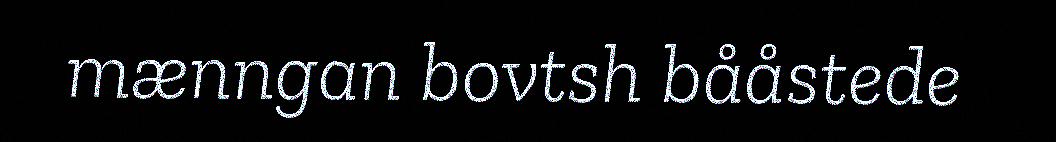
mænngan bovtsh bååstede